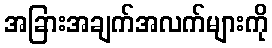
အခြားအချက်အလက်များကို